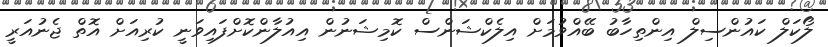
ލޯކަލް ކައުންސިލް އިންތިހާބު ބޭއްވުމަށް އިލެކްޝަންސް ކޮމިޝަނުން އިއުލާންކޮށްފައިވަނީ ކުރިއަށް އޮތް ޖެނުއަރީ